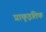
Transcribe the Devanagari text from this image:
प्राकृइतिक